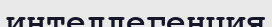
интеллегенция